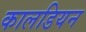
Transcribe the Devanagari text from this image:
कालडियन